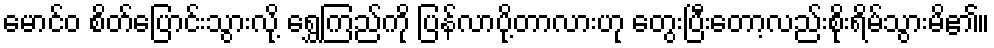
မောင်ဝ စိတ်ပြောင်းသွားလို့ ရွှေကြည်ကို ပြန်လာပို့တာလားဟု တွေးပြီးတော့လည်းစိုးရိမ်သွားမိ၏။